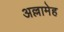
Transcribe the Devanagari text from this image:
अल्लामेह